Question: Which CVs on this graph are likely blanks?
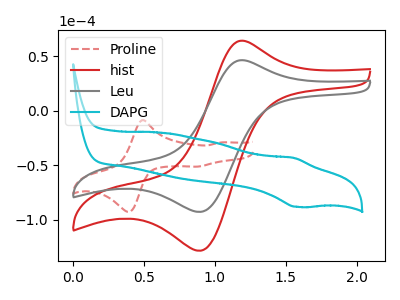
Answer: <think>The red dashed curve "Proline" has anodic peaks at (0.50V, -8.60uA) (1.05V, -28.95uA) and cathodic peaks at (0.35V, -92.20uA) (0.90V, -51.20uA). The red curve "hist" has an anodic peak at (1.20V, 64.10uA) and a cathodic peak at (0.90V, -128.35uA). The gray curve "Leu" has an anodic peak at (1.20V, 46.30uA) and a cathodic peak at (0.90V, -92.70uA). The cyan curve "DAPG" has an anodic peak at (1.55V, -43.15uA) and a cathodic peak at (1.60V, -88.05uA).</think>
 <answer>There are not any CV's on this graph that are likely to be blanks.</answer>
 <eval>none</eval>